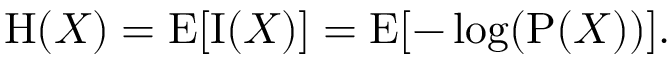
\mathrm { H } ( X ) = \operatorname { E } [ \operatorname { I } ( X ) ] = \operatorname { E } [ - \log ( \mathrm { P } ( X ) ) ] .